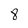
Character: 8